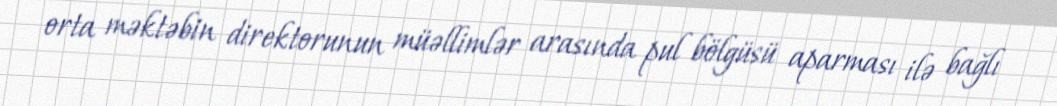
orta məktəbin direktorunun müəllimlər arasında pul bölgüsü aparması ilə bağlı